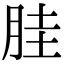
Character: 胿